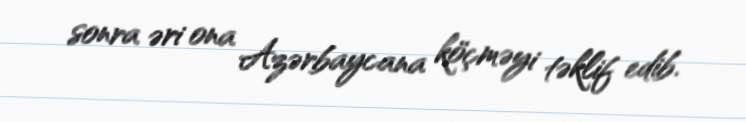
sonra əri ona Azərbaycana köçməyi təklif edib.